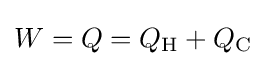
W=Q=Q_{\text{H}}+Q_{\text{C}}